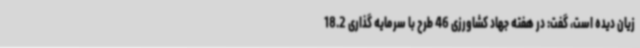
زیان دیده است، گفت: در هفته جهاد کشاورزی 46 طرح با سرمایه گذاری 18.2